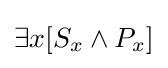
\exists {x}[S_{x}\land P_{x}]